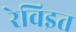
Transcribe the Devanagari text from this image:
रेविइत